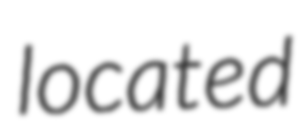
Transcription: located